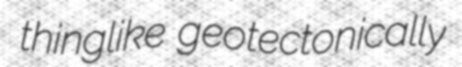
thinglike geotectonically